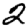
Digit: 2